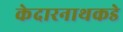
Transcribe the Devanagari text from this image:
केदारनाथकडे